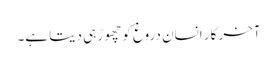
آخر کار انسان دروغ کو چھوڑ ہی دیتا ہے۔